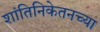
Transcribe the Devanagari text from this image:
शांतिनिकेतनच्या